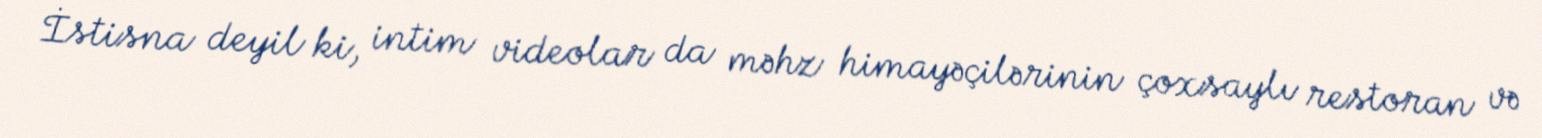
İstisna deyil ki, intim videolar da məhz himayəçilərinin çoxsaylı restoran və